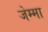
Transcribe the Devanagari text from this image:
जेम्मा